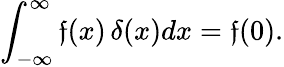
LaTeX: \int_{-\infty}^{\infty}\mathfrak{f}(x)\, \delta(x)dx=\mathfrak{f}(0).